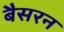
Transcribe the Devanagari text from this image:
बैसरन